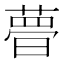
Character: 𣊔